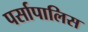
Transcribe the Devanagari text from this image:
पर्सापालिस